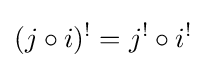
(j\circ i)^{!}=j^{!}\circ i^{!}